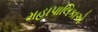
મહાપાલિકાએ